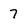
Character: 7